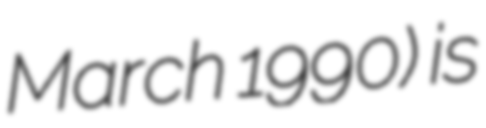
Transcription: March 1990) is